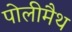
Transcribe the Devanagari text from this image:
पोलीमैथ